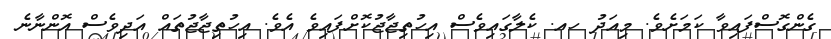
ގެންގޮސްފައިވާ ކަމަށެވެ. މިއަދު ހއ. ކެލާގައިވެސް އިހުތިޖާޖުކޮށްފައިވެ އެވެ. އިހުތިޖާޖުތައް އަދިވެސް އޮންނާނެ